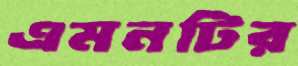
এমনটির